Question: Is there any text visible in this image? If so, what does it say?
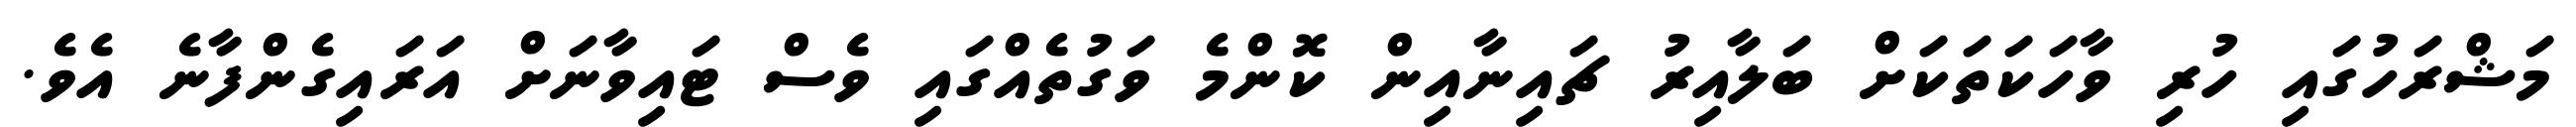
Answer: މަޝްރަހުގައި ހުރި ވާހަކަތަކަށް ބަލާއިރު ޗައިނާއިން ކޮންމެ ވަގުތެއްގައި ވެސް ޓައިވާނަށް އަރައިގެންފާނެ އެވެ.